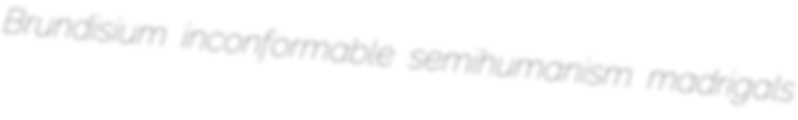
Brundisium inconformable semihumanism madrigals